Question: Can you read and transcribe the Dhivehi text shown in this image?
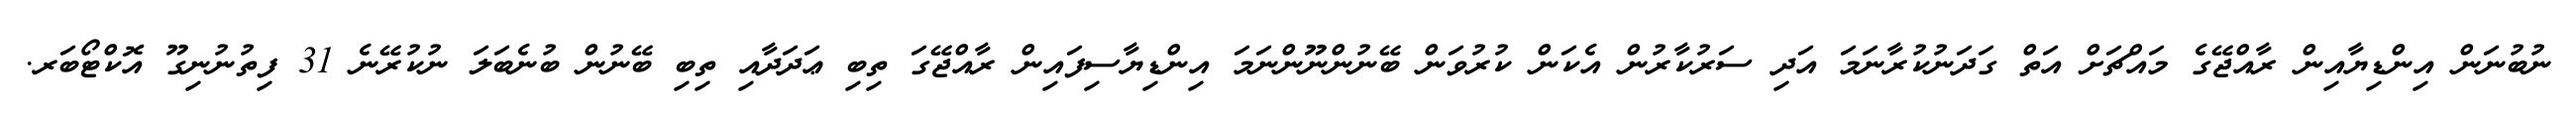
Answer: ނުބުނަން އިންޑިޔާއިން ރާއްޖޭގެ މައްޗަށް އަތް ގަދަނުކުރާނަމަ އަދި ސަރުކާރުން އެކަން ކުރުވަން ބޭނުންނޫންނަމަ އިންޑިޔާސިފައިން ރާއްޖޭގަ ތިބި ޢަދަދާއި ތިބި ބޭނުން ބުނެބަލަ ނުކުރޭނެ 31 ފިތުނުނިގޫ އޮކްޓޯބަރ.